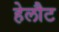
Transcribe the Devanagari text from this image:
हेलौट